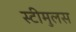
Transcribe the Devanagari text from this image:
स्टीमुलस